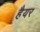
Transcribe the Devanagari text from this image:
हैयर